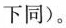
下同)。